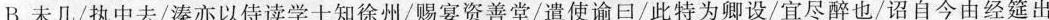
B.未几/执中去/溱亦以侍读学士知徐州/赐宴资善堂/遣使谕口/此特为卿设/宜尽醉也/诏自今由经筵出